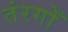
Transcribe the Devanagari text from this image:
तंरगोँ